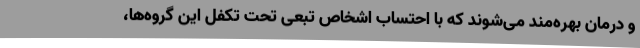
و درمان بهره‌مند می‌شوند که با احتساب اشخاص تبعی تحت تکفل این گروه‌ها،